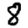
Digit: 8